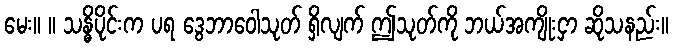
မေး။ ။ သန္ဓိပိုင်းက ပရ ဒွေဘာဝေါသုတ် ရှိလျက် ဤသုတ်ကို ဘယ်အကျိုးငှာ ဆိုသနည်း။